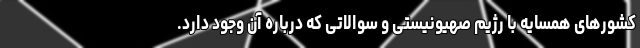
کشورهای همسایه با رژیم صهیونیستی و سوالاتی که درباره آن وجود دارد.